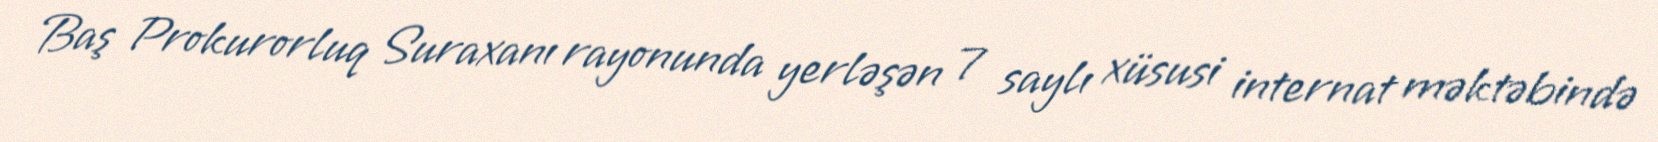
Baş Prokurorluq Suraxanı rayonunda yerləşən 7 saylı xüsusi internat məktəbində